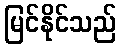
မြင်နိုင်သည်